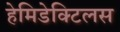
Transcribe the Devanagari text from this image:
हेमिडेक्टिलस